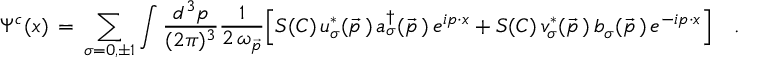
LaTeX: \Psi ^ { c } ( x ) \, = \, \sum _ { \sigma = 0 , \pm 1 } \int { \frac { d ^ { 3 } p } { ( 2 \pi ) ^ { 3 } } } { \frac { 1 } { 2 \, \omega _ { \vec { p } } } } \Big [ S ( C ) \, u _ { \sigma } ^ { \ast } ( \vec { p } \, ) \, a _ { \sigma } ^ { \dagger } ( \vec { p } \, ) \, e ^ { i p \cdot x } + S ( C ) \, v _ { \sigma } ^ { \ast } ( \vec { p } \, ) \, b _ { \sigma } ( \vec { p } \, ) \, e ^ { - i p \cdot x } \Bigr ] \quad .